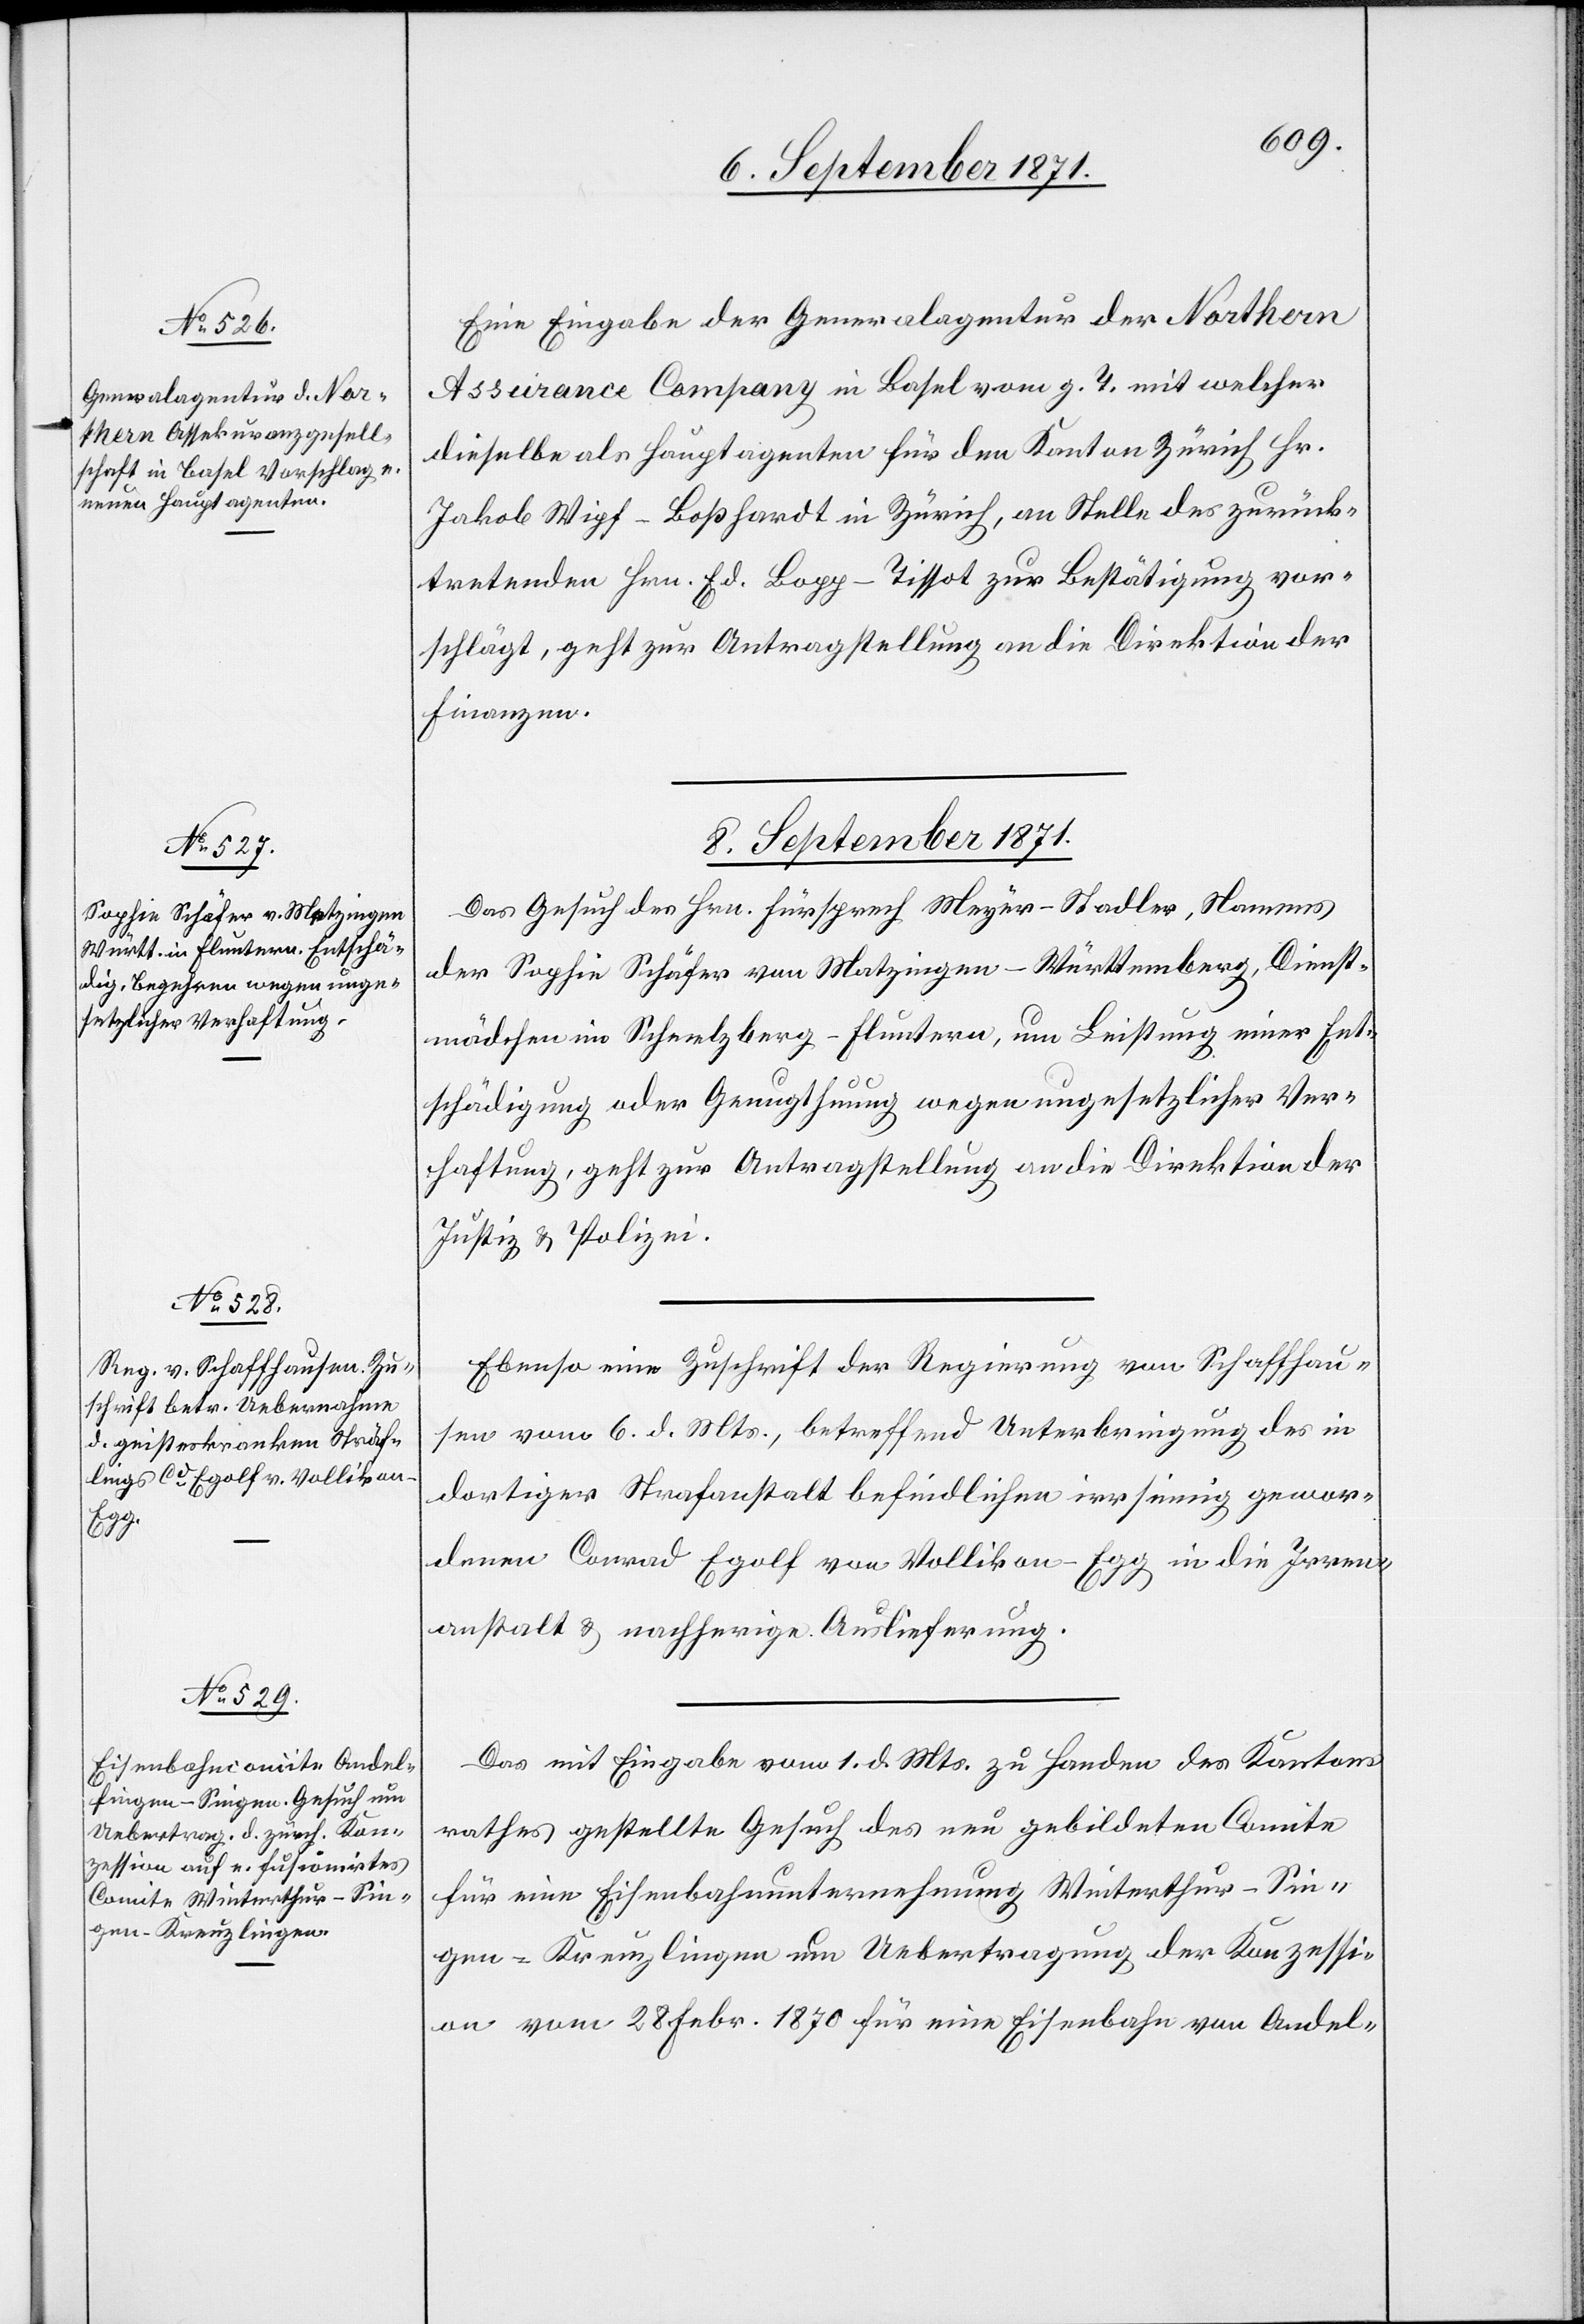
Eine Eingabe der Generalagentur der Northern
Assurance Company in Basel vom g. T. mit welcher
dieselbe als Hauptagenten für den Kanton Zürich Hr.
Jakob Wipf-Boßhardt in Zürich, an Stelle des zurück¬
tretenden Hrn. Ed. Bopp-Tissot zur Bestätigung vor¬
schlägt, geht zur Antragstellung an die Direktion der
Finanzen.
8. September 1871.]
Das Gesuch des Hrn. Fürsprech Meyer-Stadler, Namens
der Sophie Schäfer von Matzingen-Württemberg, Dienst¬
mädchen in Schmelzberg-Fluntern, um Leistung einer Ent¬
schädigung oder Genugthuung wegen ungesetzlicher Ver¬
haftung, geht zur Antragstellung an die Direktion der
Justiz & Polizei.
Ebenso eine Zuschrift der Regierung von Schaffhau¬
sen vom 6. d. Mts., betreffend Unterbringung des in
dortiger Strafanstalt befindlichen irrsinnig gewor¬
denen Conrad Egolf von Vollikon Egg in die Irren¬
anstalt & nachherige Auslieferung.
Das mit Eingabe vom 1. d. Mts. zu Handen des Kantons¬
rathes gestellte Gesuch des neu gebildeten Comite
für eine Eisenbahnunternehmung Winterthur–Sin¬
gen–Kreuzlingen um Uebertragung der Konzessi¬
on vom 28. Febr. 1870 für eine Eisenbahn von Andel-